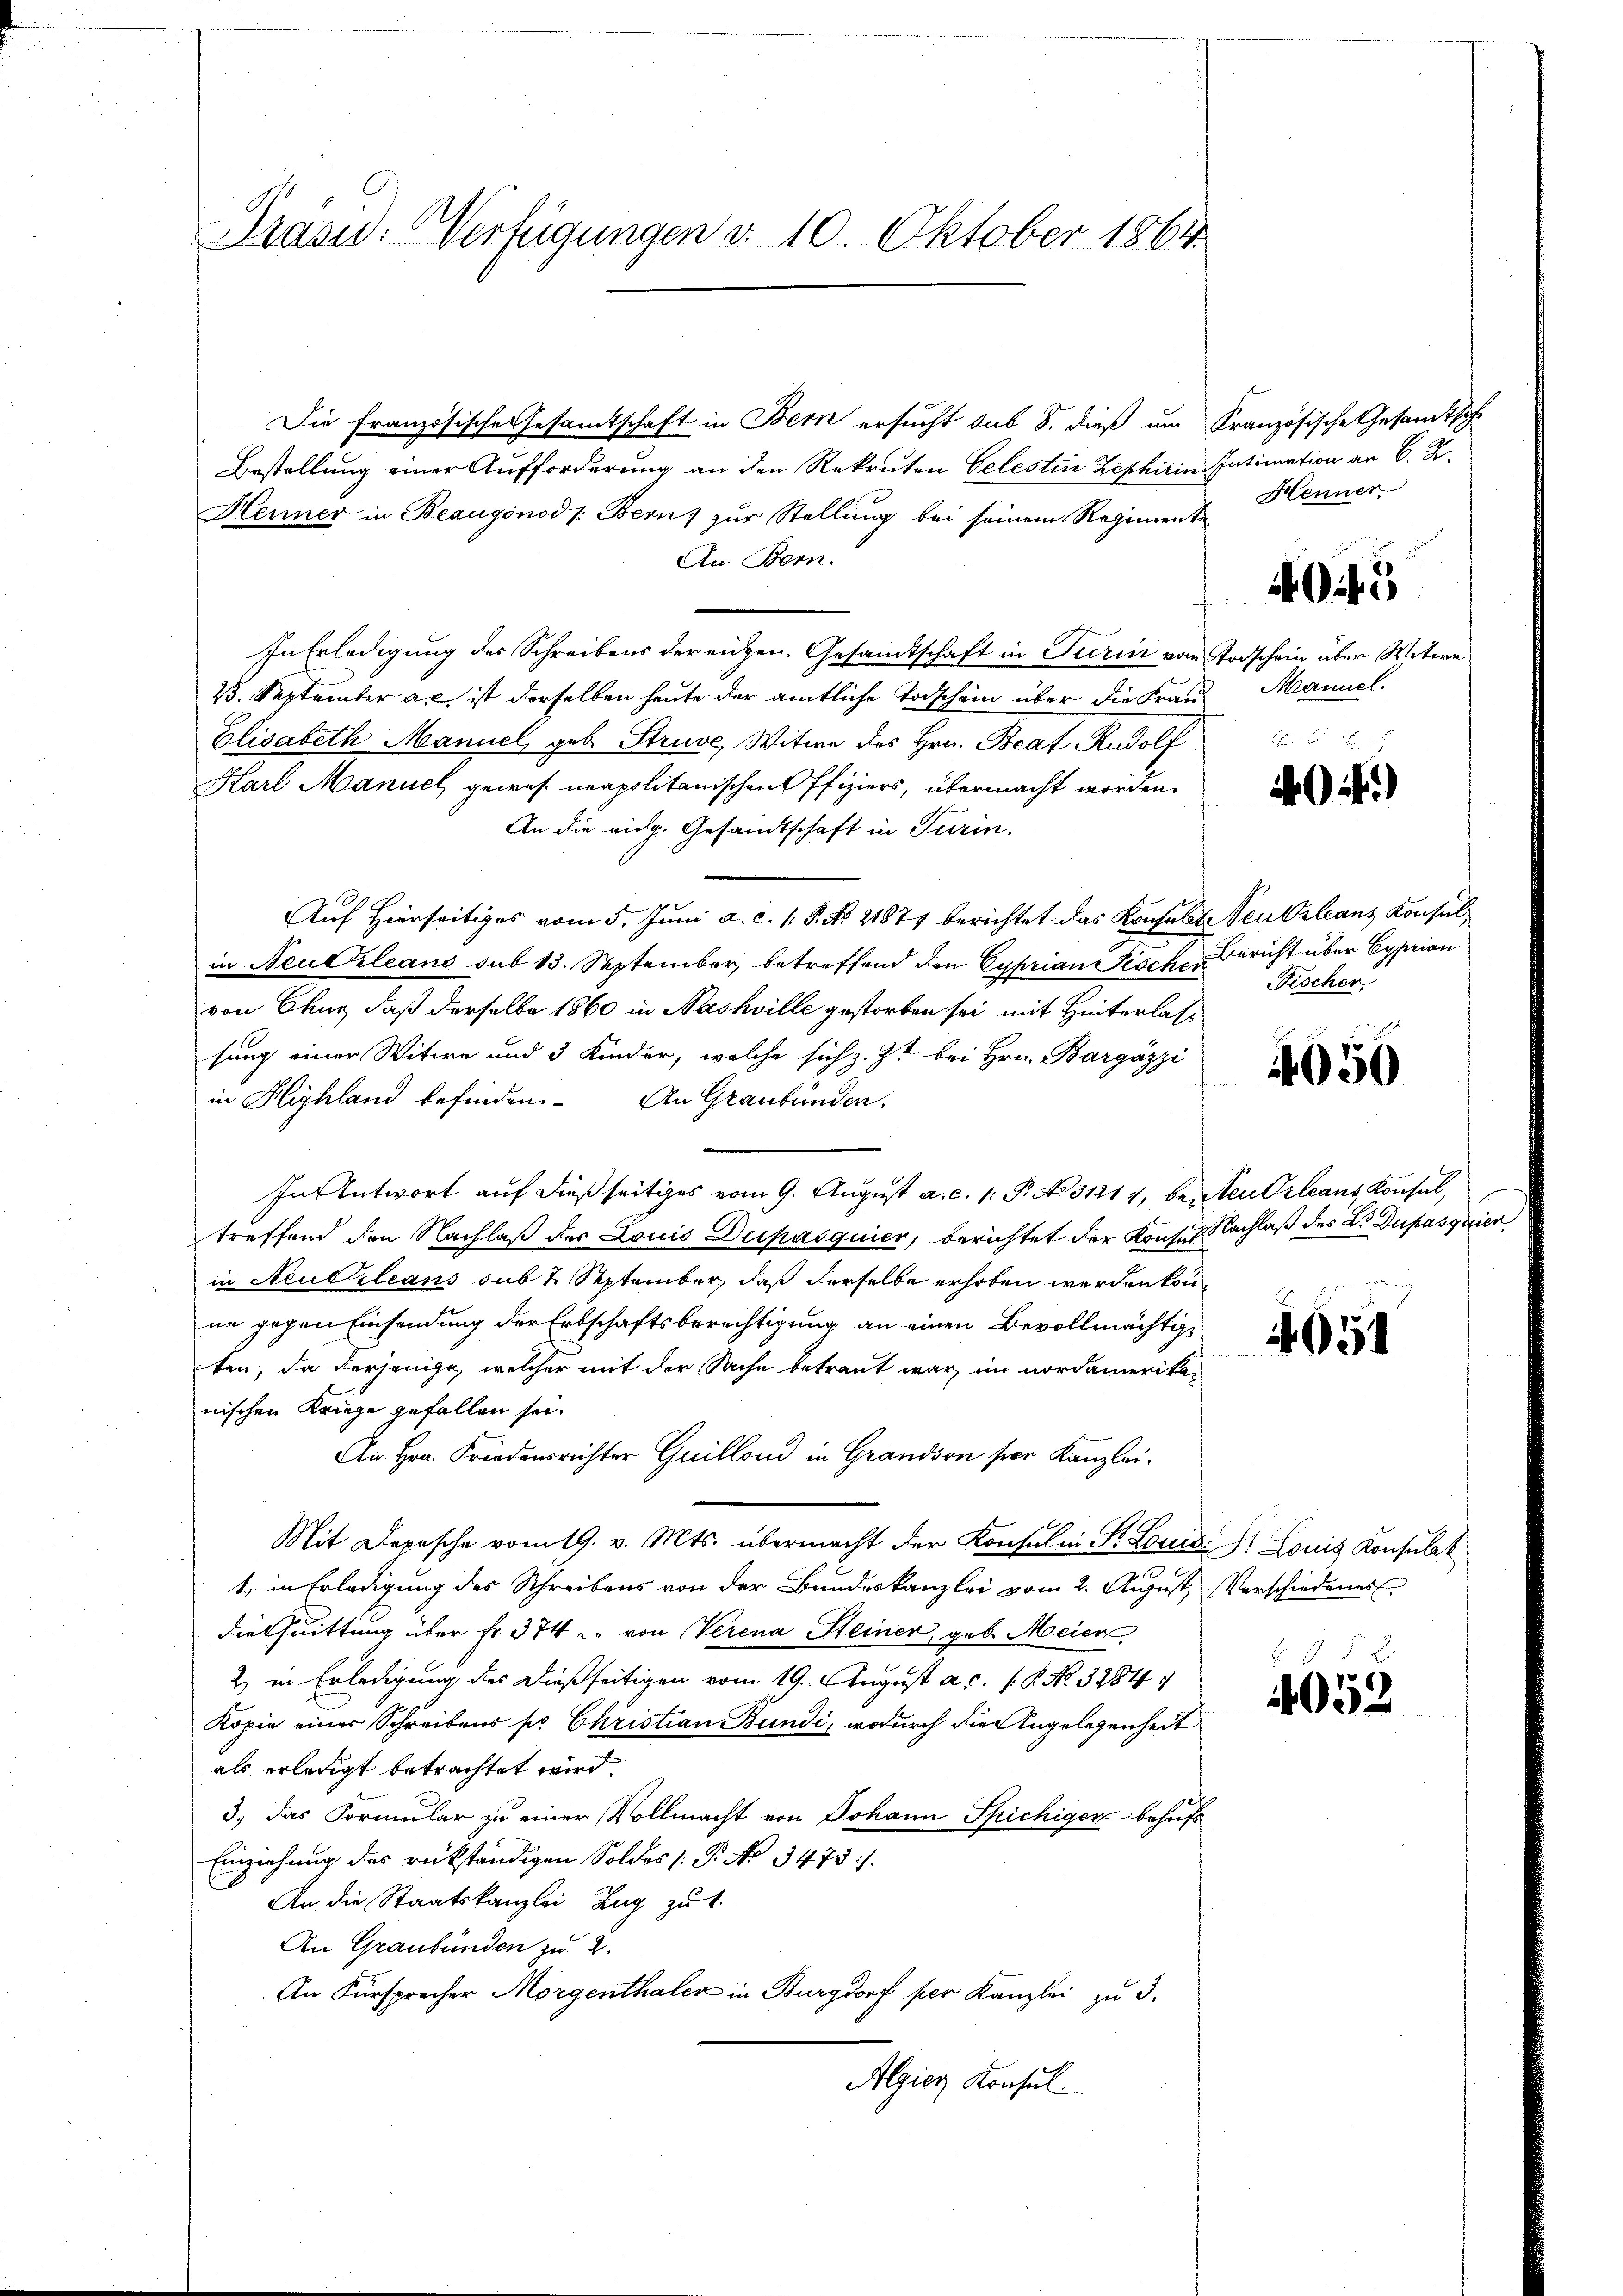
Präsid. Verfügungen d. 10. Oktober 1864

Die Französische Gesamtschaft in Bern ersucht sub 8. dieß um
Bestellung einer Aufforderung an den Rekruten Celesten Zephirin Intimation an C. R.
Henner in Beaugonod /: Bern) zur Stellung bei seinem Regimente
An Bern.
In Erledigung des Schreibens der engen. Gesamtschaft in Turin vom
25. September an ist derselben heute der amtliche Todschein über die Frau¬
Elisabeth Manuel, geb. Struve, Witwe des Hrn. Beaf Rudolf
Karl Manuel gewes. neapolitanischen Offiziers, übermacht worden.
An die eidg. Gesandtschaft in Turin.
Auf Hierseitiges vom 5. Juni a. c. s. S. No. 21871 berichtet das Konsulat Neukzleans Konsulin Neuezleans sub 13. September betreffend den Cyprian Pischen Bericht über Cyprian
von Chur, daß derselbe 1860 in Nashville gestorben sei mit Hinterlassung einer Witwe und 3 Kinder, welche sich z. Zt. bei Hrn. Bargázzi
in Highland befinden. An Graubünden.
In Antwort auf dießseitiges vom 9. August a. c. 1. P. No 51217, beiten Orleans Konsul,
treffend den Nachlaß des Louis Decpasquier, berichtet der Konsul Nachlaß des L. Dupasquier
in Neubilians sub 2 September, daß derselbe erhoben werden könnne gegen Einsendung der Erbschaftsberechtigung an einen Bevollmächtige
ten, da derjenige, welcher mit der Sache betraut war, im nordamerikanischen Kriege gefallen sei.
An Hrn. Friedensrichter Guillon in Grandson ser Kanzlei¬
Mit Depesche vom 19. v. Mts. übermacht der Konsul in St. Louis P. Louis Konsulat
e
1. in Erledigung des Schreibens von der Bundeskanzlei vom 2. August, Verschiedenes
Diethuittung über Fr. 374 " " von Verena Steiner, geb. Meier
2) in Erledigung des dießseitigen vom 19. August a. c. 18. No. 3284
Kopie einer Schreibens pr. Christian Bundi, wodurch die Angelegenheit
als erledigt betrachtet wird.
3., das Formular zu einer Vollmacht von Johann Spichiger behufs
Einziehung des rückständigen Soldes P. No 3473.
An die Staatskanzlei Zug zu t
An Graubünden zu 2.
An Fürsprecher Morgenthaler in Burgdorf per Kanzlei zu 3.
Algien Konsul

Kranzösische Gesandt hohe
Henner

043

Todschein über Weitere
Manuel.

4.)

Nischer

4050

651

4052